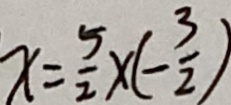
x = \frac { 5 } { 2 } \times ( - \frac { 3 } { 2 } )